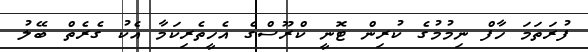
ފުރަތަމަ ހާފް ނިމުމުގެ ކުރިން ޓޮނީ ކްރޫސްގެ އެހީތެރިކަމާ އެކު ގެރެތް ބޭލު